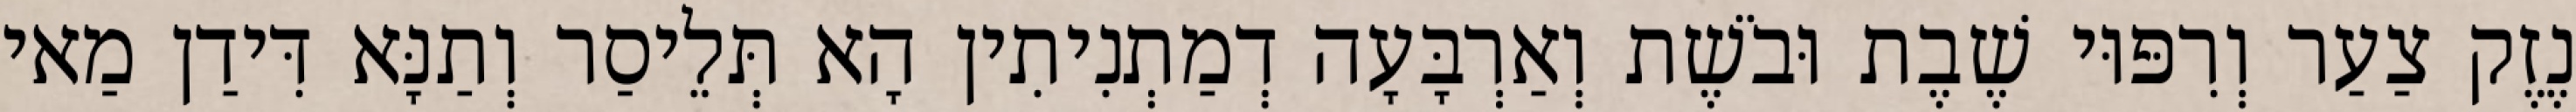
נֶזֶק צַעַר וְרִפּוּי שֶׁבֶת וּבֹשֶׁת וְאַרְבָּעָה דְמַתְנִיתִין הָא תְּלֵיסַר וְתַנָּא דִּידַן מַאי